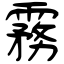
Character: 霧